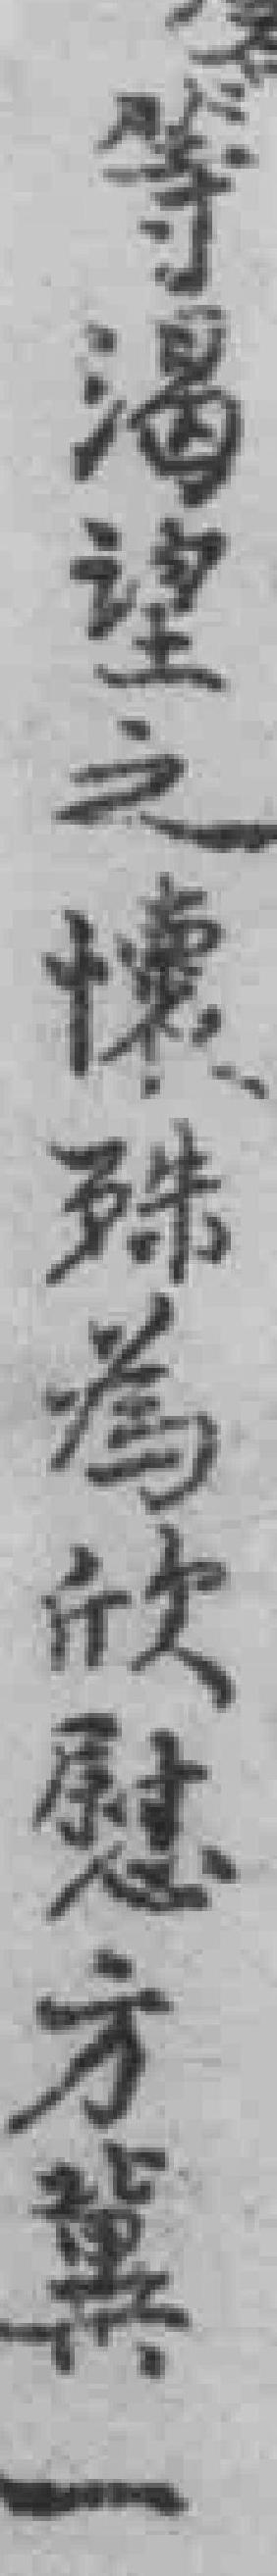
等渴望之懷殊為欣慧方冀一